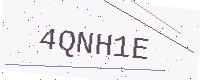
Text: 4QNH1E